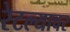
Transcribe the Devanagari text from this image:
रेटल्यावर